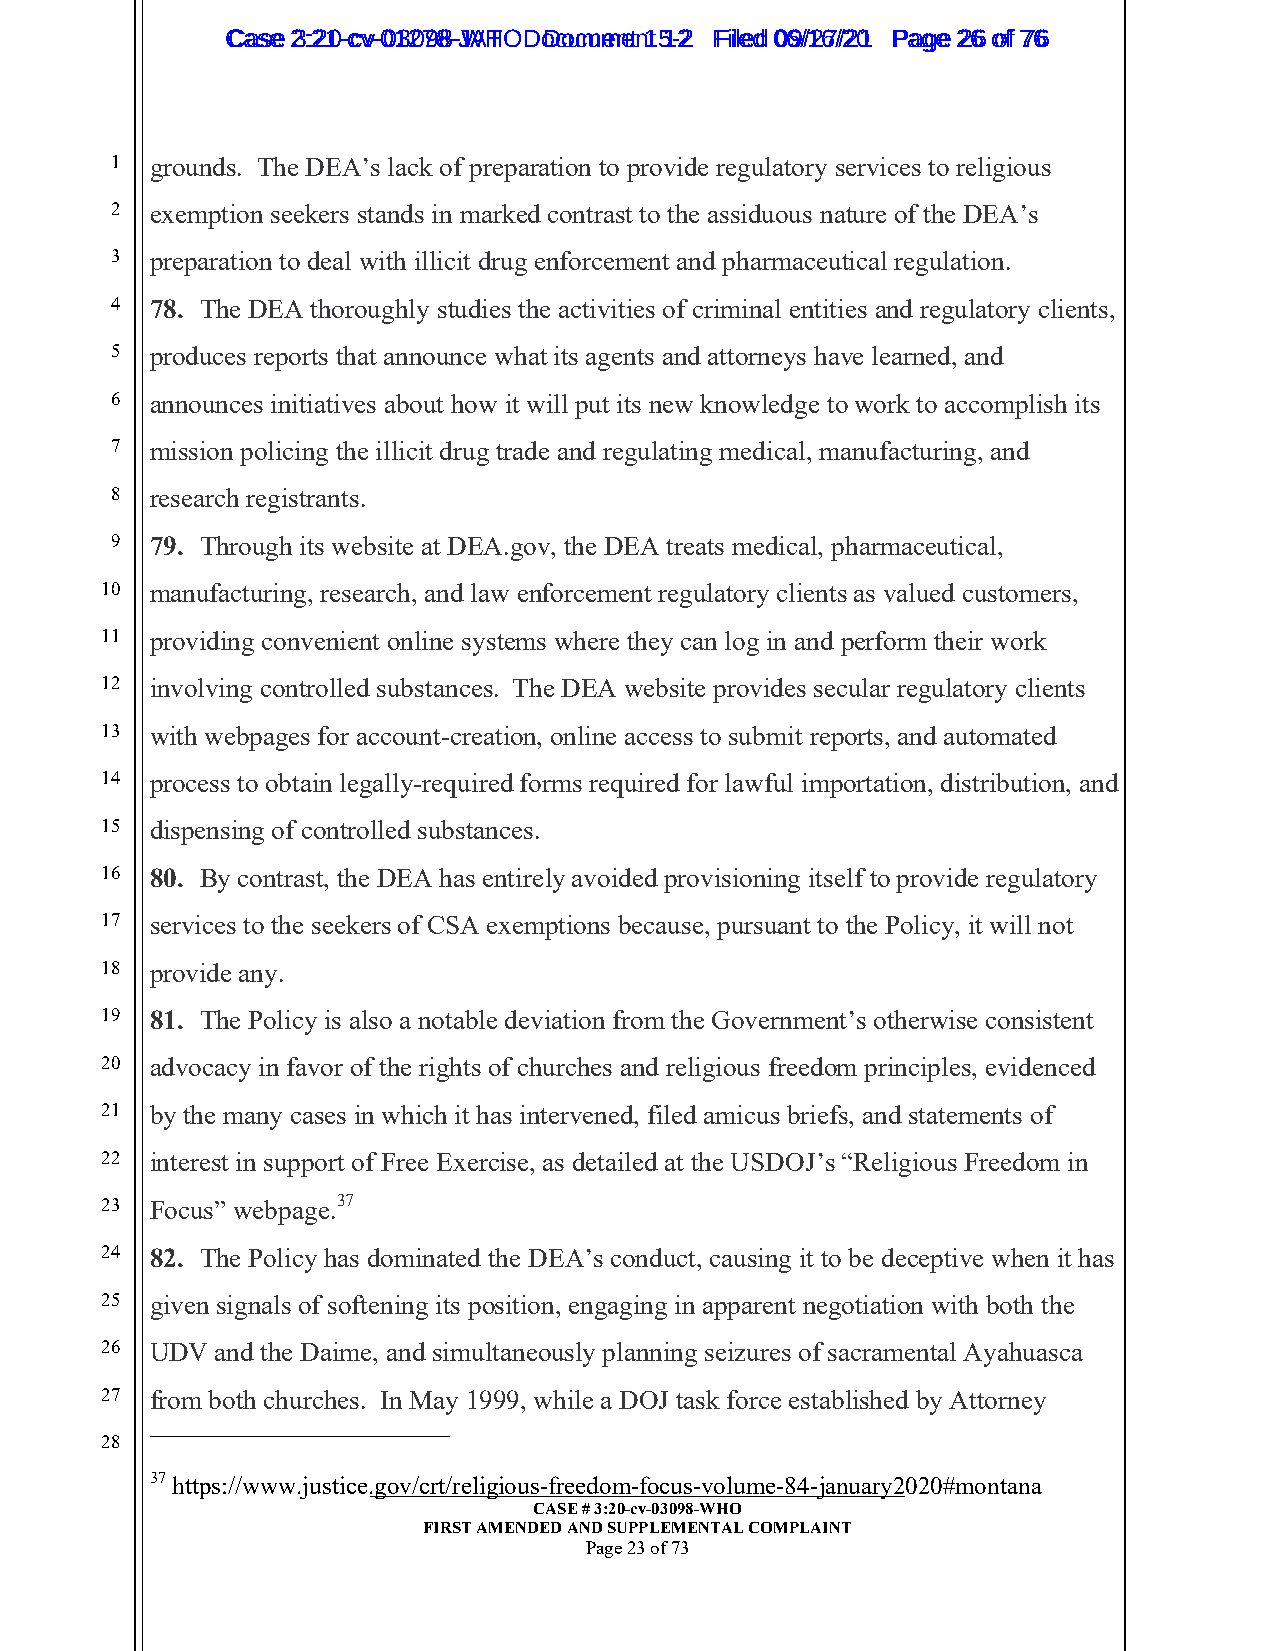
CCaassee 23::2210--ccvv--0013207988--JWAHT O D oDcoucmumenetn 1t 51-22 FFiilleedd 0069//1267//2201 PPaaggee 2266 ooff 7766
 1  grounds. The DEA’s lack of preparation to provide regulatory services to religious
 2  exemption seekers stands in marked contrast to the assiduous nature of the DEA’s
 3  preparation to deal with illicit drug enforcement and pharmaceutical regulation.
 4  78. The DEA thoroughly studies the activities of criminal entities and regulatory clients,
 5  produces reports that announce what its agents and attorneys have learned, and
 6  announces initiatives about how it will put its new knowledge to work to accomplish its
 7  mission policing the illicit drug trade and regulating medical, manufacturing, and
 8  research registrants.
 9  79. Through its website at DEA.gov, the DEA treats medical, pharmaceutical,
 10 manufacturing, research, and law enforcement regulatory clients as valued customers,
 11 providing convenient online systems where they can log in and perform their work
 12 involving controlled substances. The DEA website provides secular regulatory clients
 13 with webpages for account-creation, online access to submit reports, and automated
 14 process to obtain legally-required forms required for lawful importation, distribution, and
 15 dispensing of controlled substances.
 16 80. By contrast, the DEA has entirely avoided provisioning itself to provide regulatory
 17 services to the seekers of CSA exemptions because, pursuant to the Policy, it will not
 18 provide any.
 19 81. The Policy is also a notable deviation from the Government’s otherwise consistent
 20 advocacy in favor of the rights of churches and religious freedom principles, evidenced
 21 by the many cases in which it has intervened, filed amicus briefs, and statements of
 22 interest in support of Free Exercise, as detailed at the USDOJ’s “Religious Freedom in
 23 Focus” webpage.37
 24 82. The Policy has dominated the DEA’s conduct, causing it to be deceptive when it has
 25 given signals of softening its position, engaging in apparent negotiation with both the
 26 UDV and the Daime, and simultaneously planning seizures of sacramental Ayahuasca
 27 from both churches. In May 1999, while a DOJ task force established by Attorney
 28
 37 https://www.justice._g_o__v_/_c_r_t_/r_e_l_i_g_i_o_u__s_-f_r_e_e__d_o_m__-_f_o_c__u_s_-_v_o__lu__m__e_-_8_4_-_j_a_n__u_a_r_y_2_ 020#montana
 CASE # 3:20-cv-03098-WHO
 FIRST AMENDED AND SUPPLEMENTAL COMPLAINT
 Page 23 of 73